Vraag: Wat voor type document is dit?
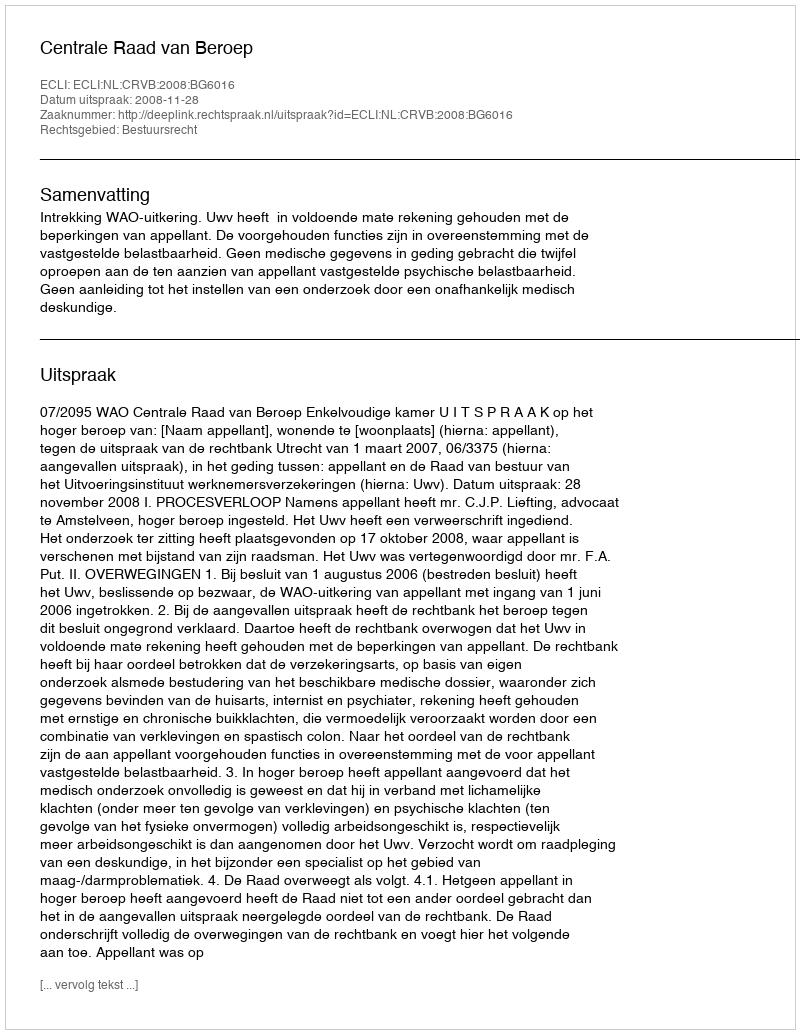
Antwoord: Uitspraak